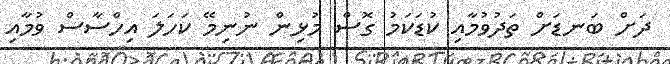
ދަށް ބަނޑަށް ތަދުވުމާއި ކުޑަކަމު ގޮސް މުޅިން ނުނިމޭ ކަހަލަ އިހްސާސް ވުމާއި